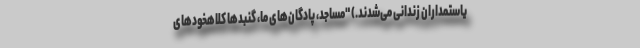
یاستمداران زندانی می‌شدند.) "مساجد، پادگان‌های ما، گنبدها کلاهخودهای